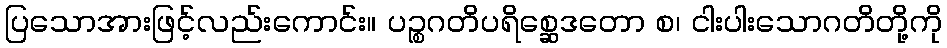
ပြသောအားဖြင့်လည်းကောင်း။ ပဉ္စဂတိပရိစ္ဆေဒတော စ၊ ငါးပါးသောဂတိတို့ကို